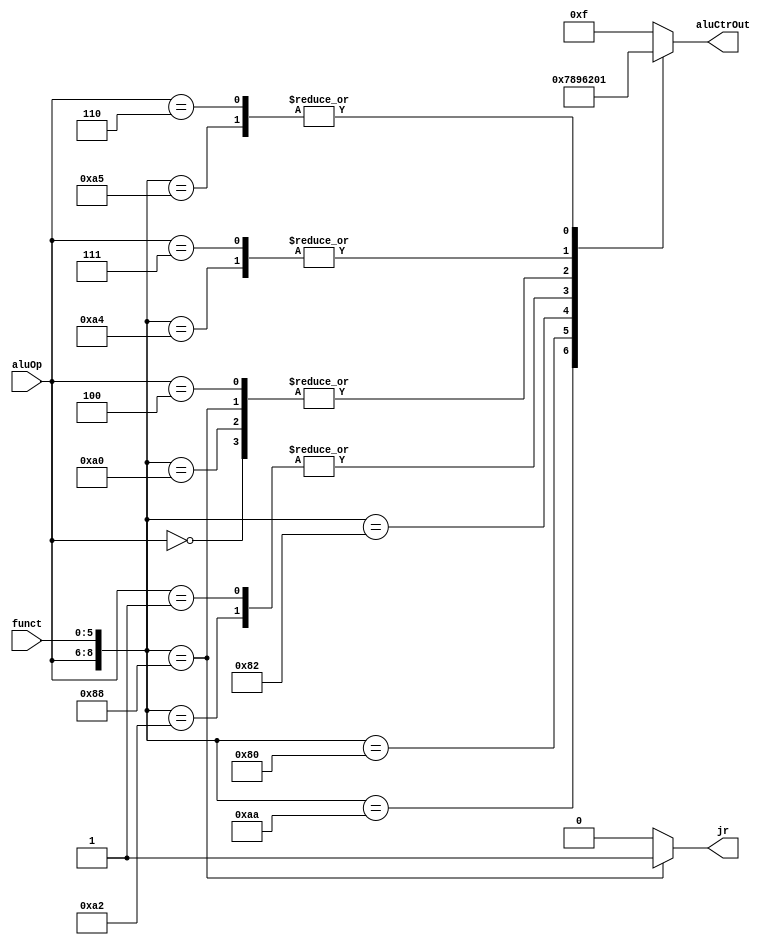
`timescale 1ns / 1ps
//////////////////////////////////////////////////////////////////////////////////
// Company: Shanghai Jiao Tong University
// 
// Design Name: 
// Module Name: ALU_Ctr
// Project Name: 
// Target Devices: 
// Tool Versions: 
// Description: 
// 
// Dependencies: 
// 
// Revision:
// Revision 0.01 - File Created
// Additional Comments:
// 
//////////////////////////////////////////////////////////////////////////////////
// FIX:maybe the logic inside case statements has some problems, debug for the input x1xxxxxx.

module ALU_Ctr(
    input [5:0] funct,
    input [2:0] aluOp,
    output reg [3:0] aluCtrOut,
    output reg jr
    );
    always @(aluOp or funct)
    begin
        casex({aluOp,funct})
            9'b000xxxxxx: // sw and lw
            begin 
                aluCtrOut=4'b0010;
                jr=0;
            end   
            9'b010100000: // add 
            begin
                aluCtrOut=4'b0010;
                jr=0;
            end
            9'b010100010: // sub
            begin
                aluCtrOut=4'b0110;
                jr=0;
            end
            9'b010100100: // and
            begin
                aluCtrOut=4'b0000;
                jr=0;
            end
            9'b010100101: // or
            begin
                aluCtrOut=4'b0001;
                jr=0;
            end
            9'b010101010: // slt
            begin
                aluCtrOut=4'b0111;
                jr=0;
            end
            9'b010000000: // sll
            begin
                aluCtrOut=4'b1000;
                jr=0;
            end
            9'b010000010: // srl
            begin
                aluCtrOut=4'b1001;
                jr=0;
            end
            9'b010001000: //jr
            begin
                aluCtrOut=4'b0010;
                jr=1;
            end
            9'b001xxxxxx: // beq
            begin
                aluCtrOut=4'b0110;
                jr=0;
            end
            9'b100xxxxxx: // addi
            begin
                aluCtrOut=4'b0010;
                jr=0;
            end
            9'b111xxxxxx: // andi
            begin
                aluCtrOut=4'b0000;
                jr=0;
            end
            9'b110xxxxxx: // ori
            begin
                aluCtrOut=4'b0001;
                jr=0;
            end
            default: 
            begin
                aluCtrOut=4'b1111;
                jr=0;
            end
        endcase
    end
endmodule